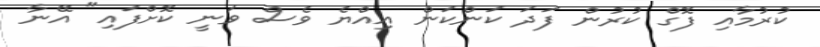
ކުރުމާއި ފޮގް ކުރުން ފަދަ ކަންކަން އިއްޔެ ވެސް ވަނީ ކޮށްފައި" އޭނާ